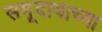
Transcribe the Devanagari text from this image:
समूदायाच्या